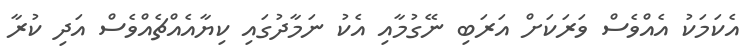
އެކަމަކު އެއްވެސް ވަރަކަށް އަރަބި ނޭގުމާއި އެކު ނަމާދުގައި ކިޔާއެއްޗެއްވެސް އަދި ކުރާ